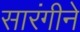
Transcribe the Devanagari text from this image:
सारंगीने